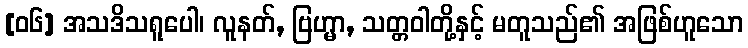
[၀၆] အသဒိသရူပေါ၊ လူနတ်, ဗြဟ္မာ, သတ္တဝါတို့နှင့် မတူသည်၏ အဖြစ်ဟူသော